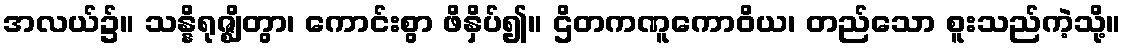
အလယ်၌။ သန္နိရုဇ္ဈိတွာ၊ ကောင်းစွာ ဖိနှိပ်၍။ ဌိတကဏူကောဝိယ၊ တည်သော စူးသည်ကဲ့သို့။